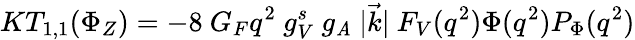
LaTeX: KT_{1,1}(\Phi_{Z})=-8\ G_{F}q^{2}\ g_{V}^{s}\ g_{\mathit{A}}\ |\vec{{k}}|\ F_{V}(q^{2})\Phi(q^{2})P_{\Phi}(q^{2})